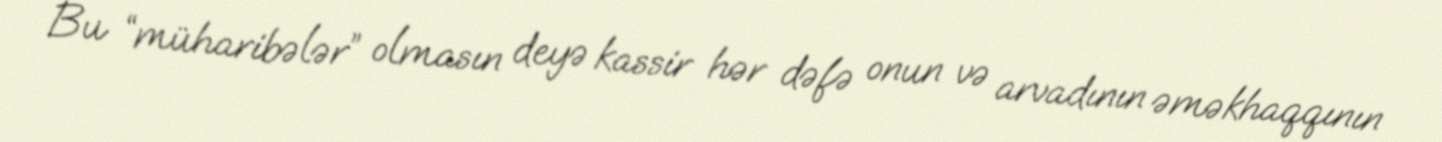
Bu “müharibələr” olmasın deyə kassir hər dəfə onun və arvadının əməkhaqqının